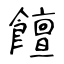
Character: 饘